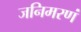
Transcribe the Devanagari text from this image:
जनिमरणं